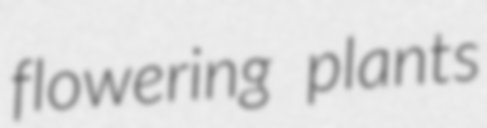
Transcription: flowering plants